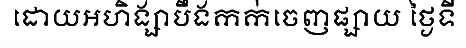
ដោយអហិង្សាបឹងកក់ចេញផ្សាយ ថ្ងៃទី